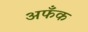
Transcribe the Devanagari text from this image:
अफँक